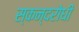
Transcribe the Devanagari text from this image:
स्कन्दरोधी